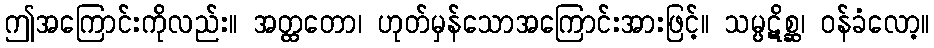
ဤအကြောင်းကိုလည်း။ အတ္ထတော၊ ဟုတ်မှန်သောအကြောင်းအားဖြင့်။ သမ္ပဋိစ္ဆ၊ ဝန်ခံလော့။